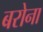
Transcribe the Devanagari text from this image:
बरोना